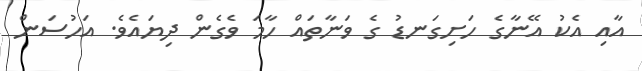
އާއި އެކު އޭނާގެ ހަށިގަނޑު ގެ ވަނާތައް ހާމަ ވެގެން ދިޔައެވެ. އަހުސަން